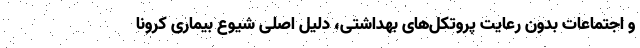
و اجتماعات بدون رعایت پروتکل‌های بهداشتی، دلیل اصلی شیوع بیماری کرونا